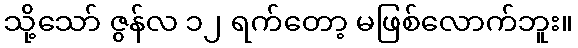
သို့သော် ဇွန်လ ၁၂ ရက်တော့ မဖြစ်လောက်ဘူး။